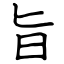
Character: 旨